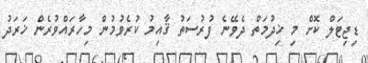
ޑިޖިޓަލް ކޮށް މި ޚިދުމަތް ދެވޭނެ ފުރުސަތު ޤާއިމު ކުރެވުމުން މިހާރައްވުރެން ޚަރަދު